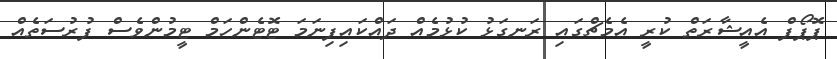
ޕޮޕޯފް އެއީޝާރަތް ކުރީ އެމެޗްގައި ރަނގަޅު ކުޅުމެއް ދައްކައިފިނަމަ ޓޮޓެންހަމް ޓީމުންވެސް ފުރުސަތެއް